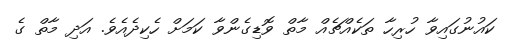
ކައުނުގައިވާ ހުރިހާ ތަކެއްޗެއް މާތް ވޮޑިގެންވާ ކަމަށް ހެކިދެއެވެ. އަދި މާތް ގެ